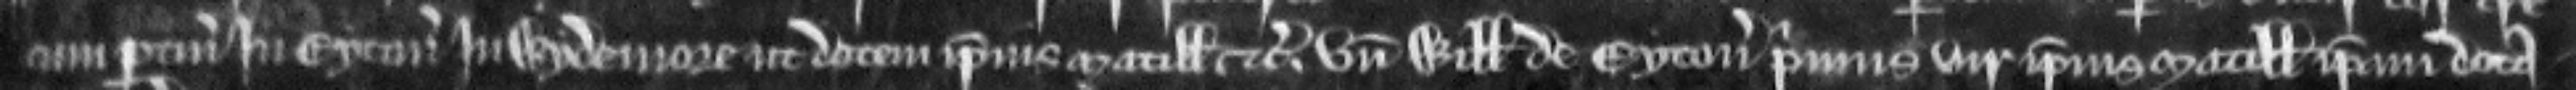
cum pertinenciis in Eyton in Wydemore ut dotem ipsius Matillidis etc. Unde Willelmus de Eyton primus vir ipsius Matillidis ipsam dota